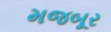
મજબૂર